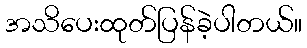
အသိပေးထုတ်ပြန်ခဲ့ပါတယ်။